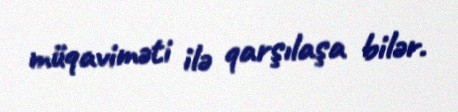
müqaviməti ilə qarşılaşa bilər.